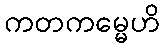
ကတကမ္မေဟိ